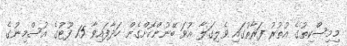
މިމިސްކިތުގެ އުތުރު ފަރާތުގައި ވެލިގަލާ އުވަ ބޭނުންކޮށްގެން ހަދާފައިވާ 15 ފޫޓުގެ އުސްމިނުގެ